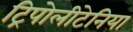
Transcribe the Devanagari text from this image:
ट्रिपोलीटेनिया